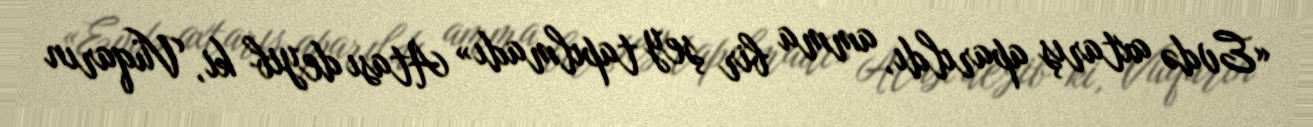
«Evdə axtarış aparıldı, amma bir şey tapılmadı» Atası deyib ki, Vüqarın